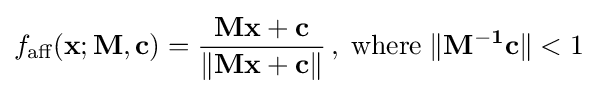
f_{\text{aff}}(\mathbf {x} ;\mathbf {M} ,\mathbf {c} )={\frac {\mathbf {Mx} +\mathbf {c} }{\lVert \mathbf {Mx} +\mathbf {c} \rVert }}\,,\;{\text{where}}\;\lVert \mathbf {M^{-1}c} \rVert <1